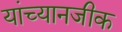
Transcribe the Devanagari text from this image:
यांच्यानजीक